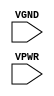
module sky130_fd_sc_hs__tapvpwrvgnd (
    VGND,
    VPWR
);

    // Module ports
    input VGND;
    input VPWR;
     // No contents.
endmodule